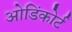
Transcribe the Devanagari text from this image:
ओडिंकोर्ट